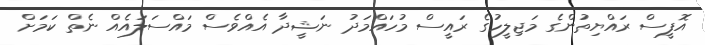
އޮފީސް ރައްޔިތުންގެ މަޖިލީހުގެ ރައީސް މުހައްމަދު ނަޝީދާ އެއްވެސް މައްސަލައެއް ނެތް ކަމަށް